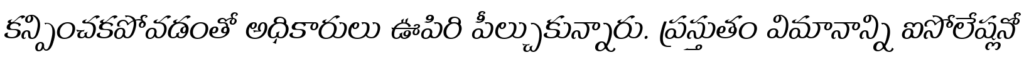
కన్పించకపోవడంతో అధికారులు ఊపిరి పీల్చుకున్నారు. ప్రస్తుతం విమానాన్ని ఐసోలేషన్లో